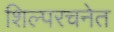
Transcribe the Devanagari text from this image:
शिल्परचनेत